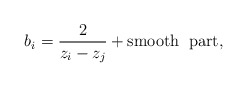
\begin{align*}b_{i}=\frac{2}{z_{i}-z_{j}} +{\rm{smooth\; \; part}},\end{align*}